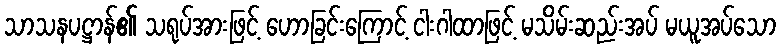
သာသနပဋ္ဌာန်၏ သရုပ်အားဖြင့် ဟောခြင်းကြောင့် ငါးဂါထာဖြင့် မသိမ်းဆည်းအပ် မယူအပ်သော